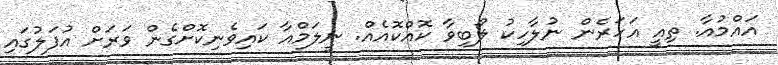
އައްމުއާ. ތިއީ އަހަރެން ނުލާހިކު ލޯބިވާ ކޮއްކޮއެއް. ނީލަމްއާ ކައިވެނިކޮށްގެން ވަރަށް އުފަލުގައި